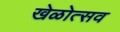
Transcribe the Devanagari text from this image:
खेळोत्सव